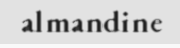
almandine